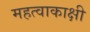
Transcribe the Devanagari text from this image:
महत्वाकाक्षी